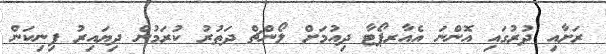
ރަށާއި ދުރުގައި އޮންނަ އެއާރޕޯޓާ ދިއުމަށް ލޯންޗް ދަތުރު ކުރަމުން ދިޔައިރު ފިނިކަން